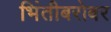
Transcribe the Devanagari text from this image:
भिंतीबरोबर